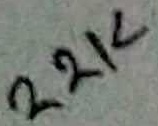
Text: 22K